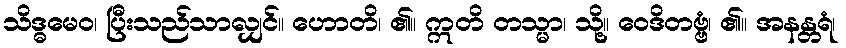
သိဒ္ဓမေဝ၊ ပြီးသည်သာလျှင်။ ဟောတိ၊ ၏။ ဣတိ တသ္မာ၊ သို့။ ဝေဒိတဗ္ဗံ၊ ၏။ အနန္တရံ၊